Leprosy in India: report of the Leprosy Commission in India, 1890-91
Year: 1890
Disease focus: Leprosy
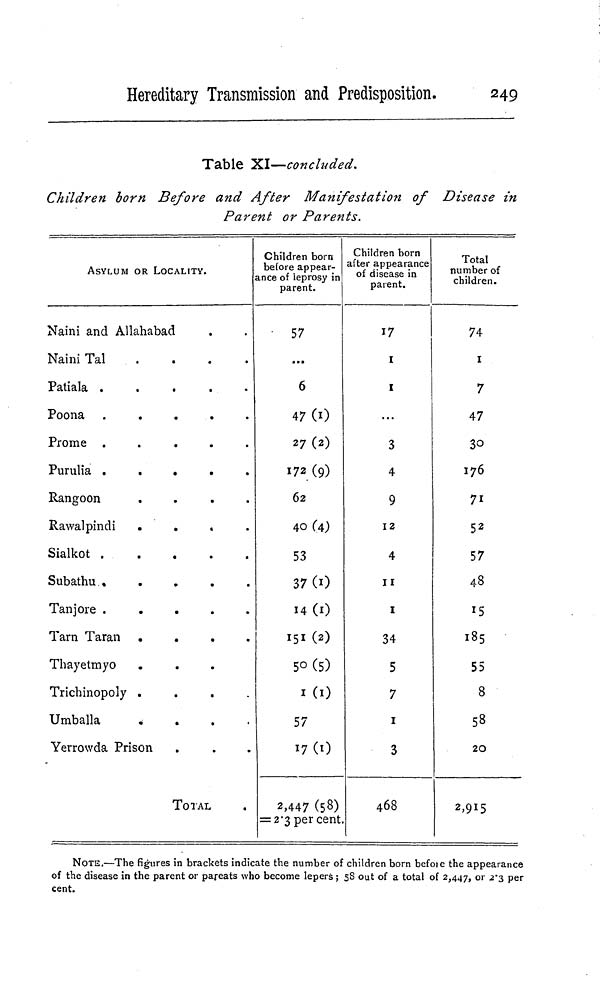
Hereditary Transmission and Predisposition.
249
Table XI—concluded.
Children born Before and After Manifestation of Disease in
Parent or Parents.
ASYLUM OR LOCALITY.
Naini and Allahabad
Naini Tal
....
Patiala
P o o n a
.....
P r o m e
.....
Purulia
.....
Rangoon
....
Rawalpindi
....
Sialkot
Subathu
Tanjore
.....
Tarn Taran
....
Thayetmyo
Trichinopoly
....
Umballa
....
Yerrowda Prison
T O T A L
Children born
before appear-
ance of leprosy in
parent.
57
...
6
47(0
27 (2)
172 (9)
62
40 (4)
53
37(0
14 (1)
151 (2)
50 (5)
1 (1)
57
17 (1)
2,447 (58)
= 2.3 per cent.
Children born
after appearance
of disease in
parent.
17
I
I
3
4
9
12
4
11
1
34
5
7
1
3
468
Total
number of
children.
74
1
7
47
30
176
71
5 2
57
48
15
185
55
8
58
20
2,915
NOTE.—The figures in brackets indicate the number of children born before the appearance
of the disease in the parent or pareats who become lepers ; 5S out of a total of 2,447, or 2.3 per
cent.